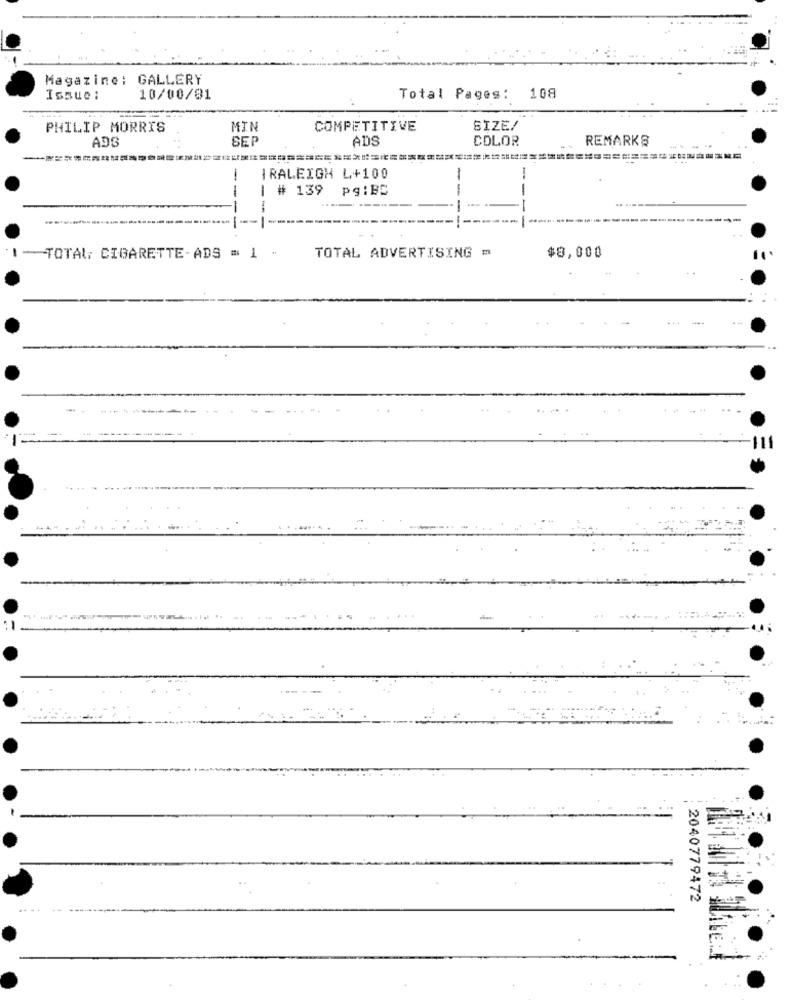
Magazine: GALLERY
Issue :
10/00/81
Total Pages: 108
PHILIP MORRIS
MIN
COMPETITIVE
SIZE/
ADS
SEP
ADS
COLOR
REMARKS
-
-
RALEIGH L+100
# 139
-
pg :BE
--
--
-TOTAL: CIGARETTE-ADS = 1
TOTAL ADVERTISING =
$8,000
...
-..
111
2040779472